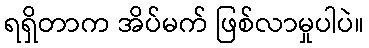
ရရှိတာက အိပ်မက် ဖြစ်လာမှုပါပဲ။